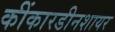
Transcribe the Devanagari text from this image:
कींकारडीनशायर